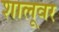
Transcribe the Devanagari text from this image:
शालूवर